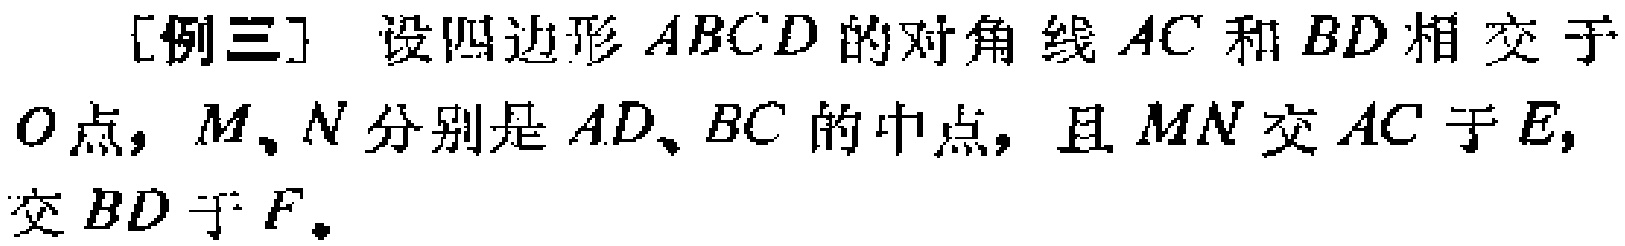
[例三] 设四边形 \(ABCD\) 的对角线 \(AC\) 和 \(BD\) 相交于 \(O\) 点，\(M\)、\(N\) 分别是 \(AD\)、\(BC\) 的中点，且 \(MN\) 交 \(AC\) 于 \(E\)，交 \(BD\) 于 \(F\)。